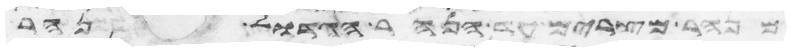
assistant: מנהר מצרים עד הנהר הגדול נהר